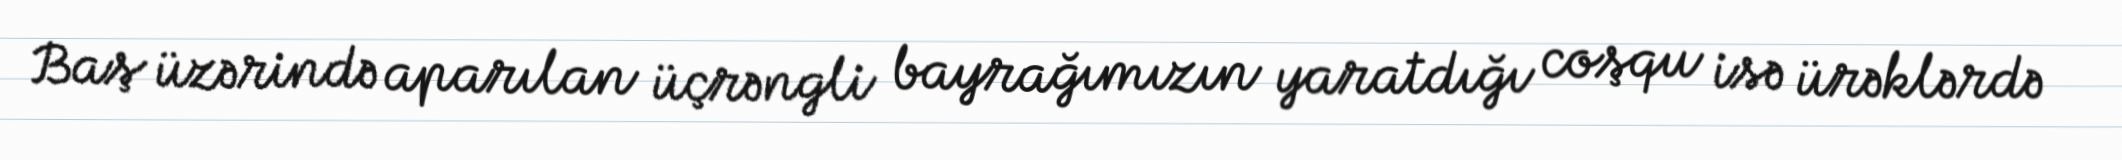
Baş üzərində aparılan üçrəngli bayrağımızın yaratdığı coşqu isə ürəklərdə